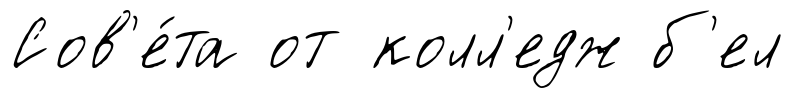
Сов'е́та от колл'едж б'ел